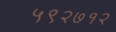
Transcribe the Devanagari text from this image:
५९२७१२